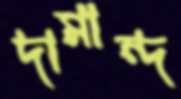
দামান্দ